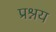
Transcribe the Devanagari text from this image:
प्रश्नय